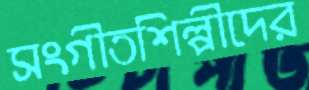
সংগীতশিল্পীদের